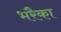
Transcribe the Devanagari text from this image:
भरैका